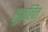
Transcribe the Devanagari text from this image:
सुफलित